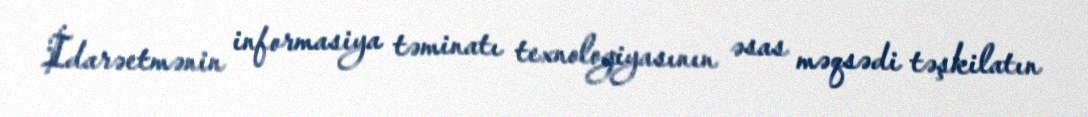
İdarəetmənin informasiya təminatı texnologiyasının əsas məqsədi təşkilatın